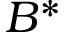
B ^ { * }